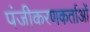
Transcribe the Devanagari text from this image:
पंजीकरणकर्ताओं